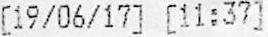
[19/06/17] [11:37]